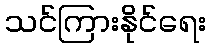
သင်ကြားနိုင်ရေး